system: You are a helpful assistant.
user:
Analyze the provided spectrum to determine if it is a **Carbon Star (C-type)**.

- **Key Visual Indicators of Carbon Star:**
    - **(Primary):** Strong molecular absorption from **C₂ (diatomic carbon) "Swan Bands."** This is the **defining feature** of a carbon star.
        - **(Key Bandheads):** Sharp absorption edges are visible at approximately $5635$ Å, $5165$ Å (the strongest band), and $4737$ Å.
        - **(Line Profile):** Creates a distinct **"saw-tooth"** pattern. The key morphology is a sharp, steep bandhead on the **red (long-wavelength) side**, which then gradually tapers off (i.e., flux recovers) towards the **blue (short-wavelength) side**. *(This is the direct opposite of the TiO bands seen in M-type stars)*.

    - **(Secondary):** Intense **CN (cyanogen)** molecular absorption bands.
        - **(Key Bandheads):** Located in the blue and violet regions of the spectrum (e.g., near $4215$ Å and $3883$ Å).
        - **(Morphology):** These bands are extremely broad and act as a "blanket," absorbing the vast majority of blue and violet light. This creates a characteristic **"cliff"** or **"steep drop-off"** in the spectrum's flux at short wavelengths.

    - **(Key Confirmation):** Strong **CH absorption band (G-band)**.
        - **(Key Bandhead):** Located around $4300$ Å. The contribution from CH molecules to this band is exceptionally strong.

    - **(Overall Spectrum):**
        - The continuum is severely "chopped up" by these deep molecular bands, especially C₂, rather than appearing as a smooth curve.
        - Due to the heavy CN and C₂ absorption in the blue-green, the vast majority of the star's flux is concentrated in the red part of the spectrum, giving the star its characteristic deep red color.

Think first, call **spectral_visualization_tool** if needed to examine features in detail, then provide your final answer. Your response must adhere to the following strict rules:
1.  **Overall Structure:** Your response must follow the format `<think>...</think> <tool_call>...</tool_call> (if a tool is used) <answer>...</answer>`.
2.  **Tool Usage Constraint:** You may only make **one** tool call per turn.
3.  **Final Answer Format:** In the `<answer>` tag, your conclusion must be inside a `\boxed{}` command (e.g., `\boxed{YES}`), followed by your justification.

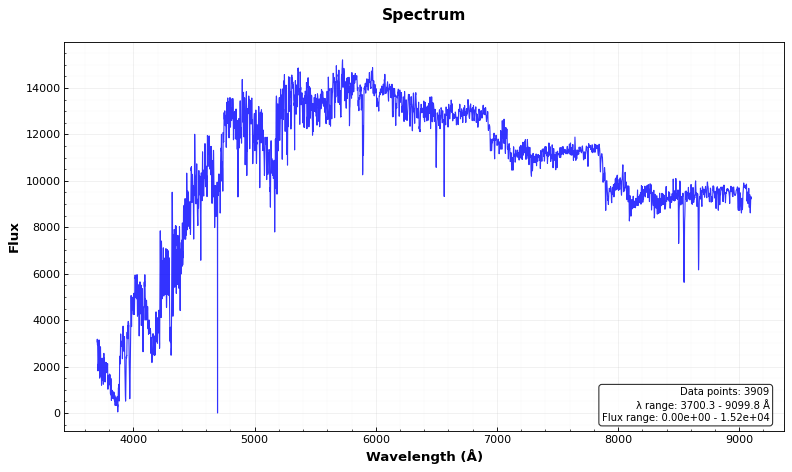
Answer: YES